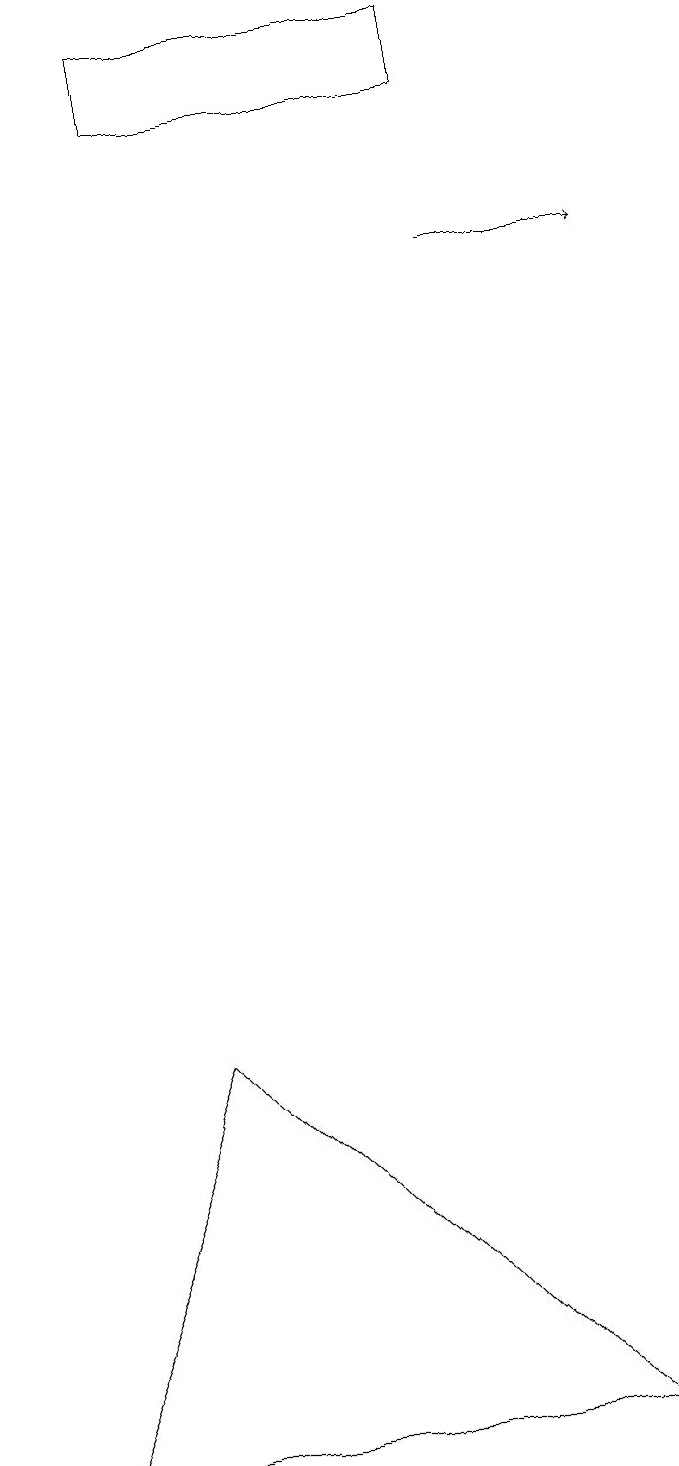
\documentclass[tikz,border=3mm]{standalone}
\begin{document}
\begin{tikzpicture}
\draw (2,19) rectangle (6,18);
\draw (0,1) -- (2,6) -- (7,1) -- cycle;
\draw[->] (6,16) -- (8,16);
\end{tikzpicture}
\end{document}